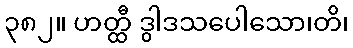
၃၈၂။ ဟတ္ထီ ဒွါဒသပေါသော၊တိ၊